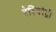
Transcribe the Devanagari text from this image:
रेस्पिरेट्री